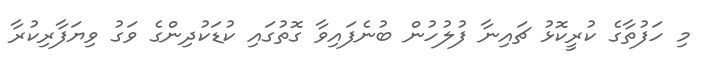
މި ހަފުތާގެ ކުރީކޮޅު ޗައިނާ ފުލުހުން ބުނެފައިވާ ގޮތުގައި ކުޑަކުދިންގެ ވަގު ވިޔަފާރިކުރާ